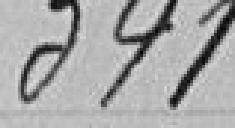
341